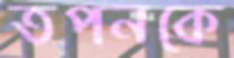
তপনকে